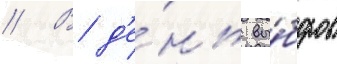
// В д'е́нь вы́боров